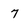
Character: 7